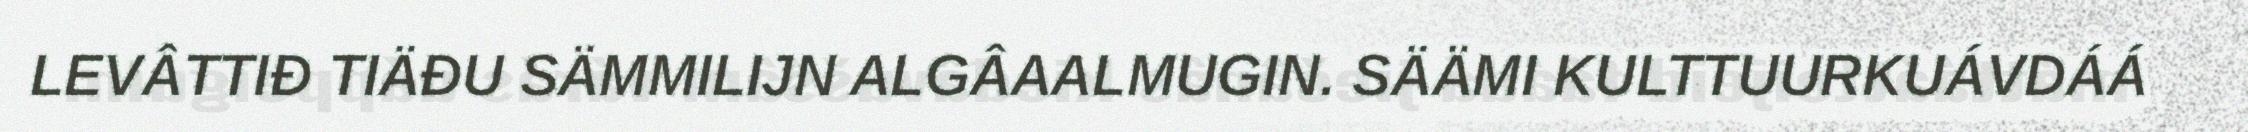
LEVÂTTIĐ TIÄĐU SÄMMILIJN ALGÂAALMUGIN. SÄÄMI KULTTUURKUÁVDÁÁ